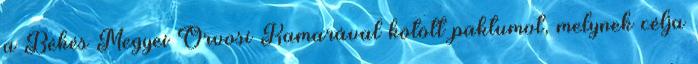
a Békés Megyei Orvosi Kamarával kötött paktumot, melynek célja